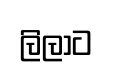
ලිලාට